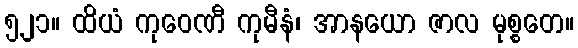
၅၂၁။ ထိယံ ကုဝေဏီ ကုမီနံ၊ အာနယော ဇာလ မုစ္စတေ။